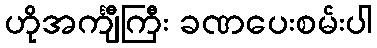
ဟိုအင်္ကျီကြီး ခဏပေးစမ်းပါ